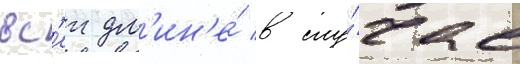
вс'еи дл'ин'е́ в слу́чае